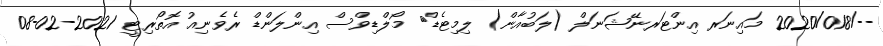
--/2020/018 މައިނަރ އިންޓަރނޭޝަނަލް (ލަބުއާން) ލިމިޓެޑް	 މޯލްޑިވްސް އިންލަންޑް ރެވެނިއު އޮތޯރިޓީ 2021-02-08